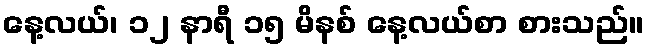
နေ့လယ်၊ ၁၂ နာရီ ၁၅ မိနစ် နေ့လယ်စာ စားသည်။